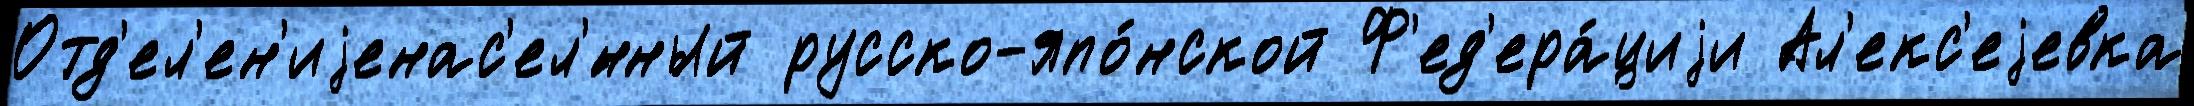
Отд'ел'ен'иjенас'ел'́нный русско-япо́нской Ф'ед'ера́циjи Ал'екс'еjевка